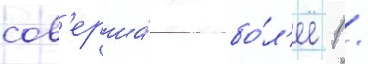
сов'ерша́ют бо́л'ее 1 /